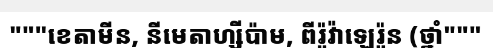
"""ខេតាមីន, នីមេតាហ្សីប៉ាម, ពីរ៉ូវ៉ាឡេរ៉ូន (ថ្នាំ"""